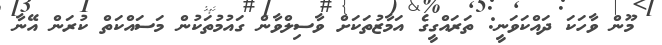
މޫން ވާހަކަ ދައްކަވަނީ: ތަރައްގީގެ އަމާޒުތަކަށް ވާސިލްވާން ގައުމުތަކުން މަސައްކަތް ކުރަން އޭނާ